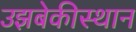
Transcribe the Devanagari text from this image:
उझबेकीस्थान